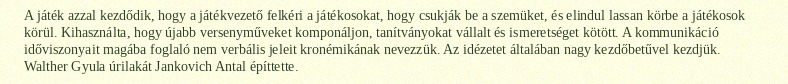
A játék azzal kezdődik, hogy a játékvezető felkéri a játékosokat, hogy csukják be a szemüket, és elindul lassan körbe a játékosok körül. Kihasználta, hogy újabb versenyműveket komponáljon, tanítványokat vállalt és ismeretséget kötött. A kommunikáció időviszonyait magába foglaló nem verbális jeleit kronémikának nevezzük. Az idézetet általában nagy kezdőbetűvel kezdjük. Walther Gyula úrilakát Jankovich Antal építtette.